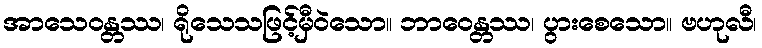
အာသေဝန္တဿ၊ ရိုသေသဖြင့်မှီဝဲသော။ ဘာဝေန္တဿ၊ ပွားစေသော။ ဗဟုလီ၊